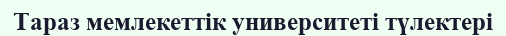
Тараз мемлекеттік университеті түлектері